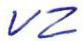
VZ